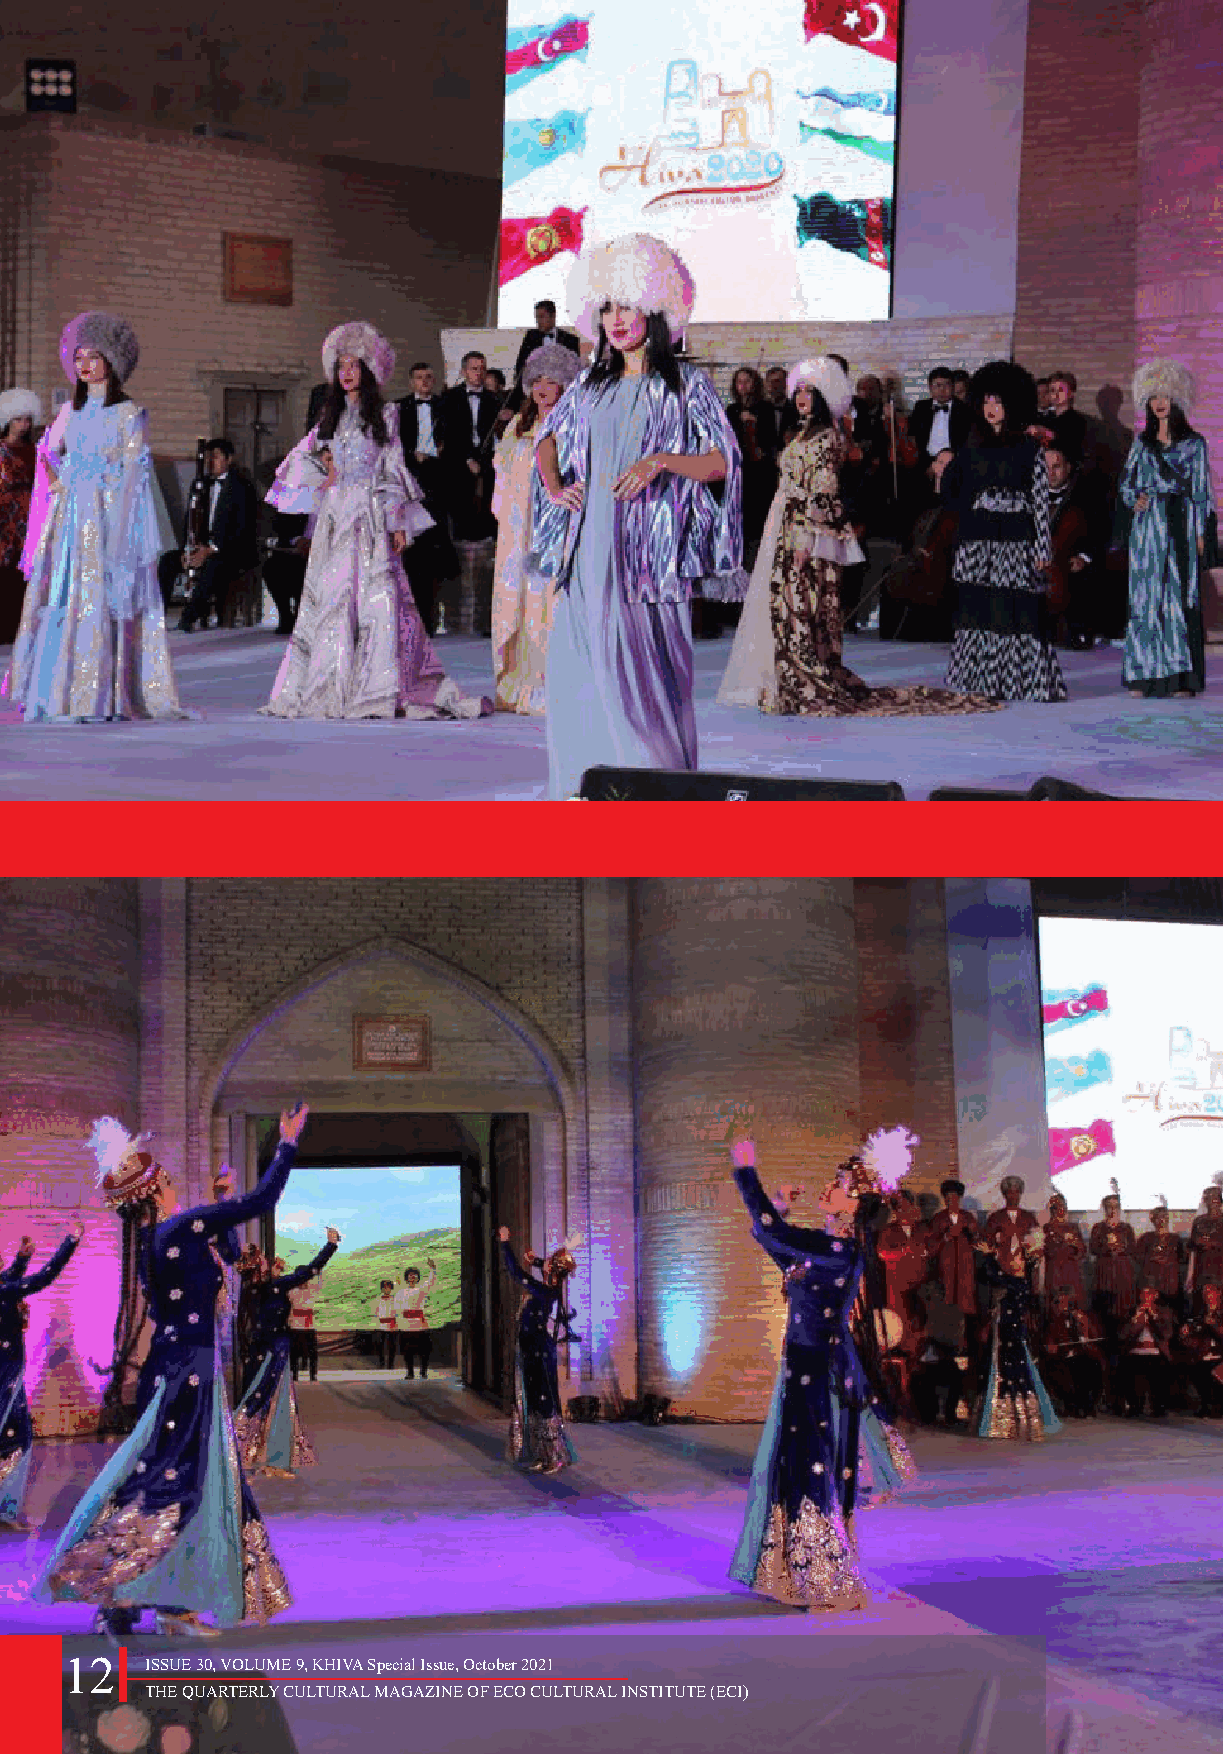
12    ISSUE 30, VOLUME 9, KHIVA Special Issue, October 2021
 THE QUARTERLY CULTURAL MAGAZINE OF ECO CULTURAL INSTITUTE (ECI)